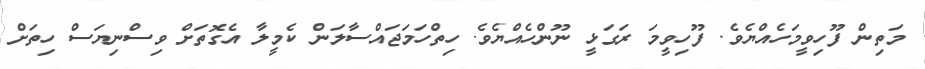
މަތިން ފޫހިވީމަހެއްޔެވެ. ފޫހިވީމަ ރަގަޅީ ނޫންހެއްޔެވެ. ހިތްހަމަޖައްސާލަން ކެމީލާ އެގޮތަށް ވިސްނިޔަސް ހިތަށް